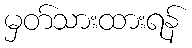
မှတ်သားထားရန်